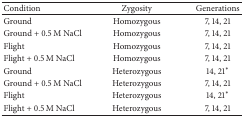
| Condition | Zygosity | Generations |
 | --- | --- | --- |
 | Ground | Homozygous | 7, 14, 21 |
 | Ground + 0.5 M NaCl | Homozygous | 7, 14, 21 |
 | Flight | Homozygous | 7, 14, 21 |
 | Flight + 0.5 M NaCl | Homozygous | 7, 14, 21 |
 | Ground | Heterozygous | 14, 21* |
 | Ground + 0.5 M NaCl | Heterozygous | 7, 14, 21 |
 | Flight | Heterozygous | 14, 21* |
 | Flight + 0.5 M NaCl | Heterozygous | 7, 14, 21 |